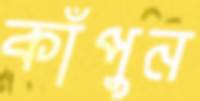
কাঁপুন